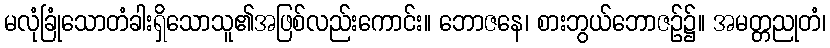
မလုံခြုံသောတံခါးရှိသောသူ၏အဖြစ်လည်းကောင်း။ ဘောဇနေ၊ စားဘွယ်ဘောဇဉ်၌။ အမတ္တညုတံ၊